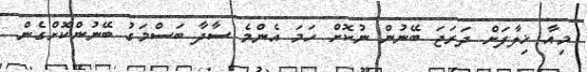
މިއާ ޚިލާފަށް ދަރަޖަ ބޭނުން ނުކޮށް ހަމަ އެންމެ ސާދާ ބަސްމަގު ބޭނުންކޮށްގެން